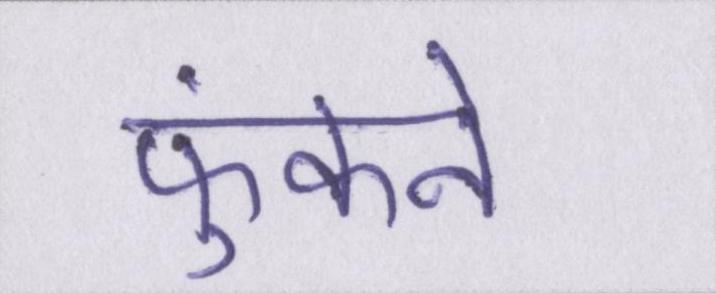
फुंकने